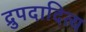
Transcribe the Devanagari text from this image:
द्रुपदादित्य